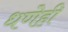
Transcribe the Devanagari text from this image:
धणेही